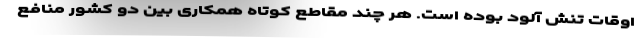
اوقات تنش آلود بوده است. هر چند مقاطع کوتاه همکاری بین دو کشور منافع